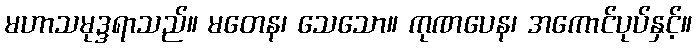
မဟာသမုဒ္ဒရာသည်။ မတေန၊ သေသော။ ကုဏပေန၊ အကောင်ပုပ်နှင့်။